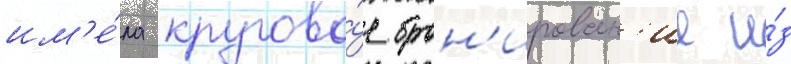
им'е́ла кругово́е брон'ирован'ие и́з